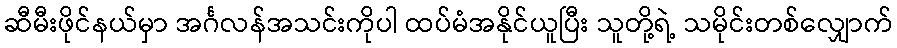
ဆီမီးဖိုင်နယ်မှာ အင်္ဂလန်အသင်းကိုပါ ထပ်မံအနိုင်ယူပြီး သူတို့ရဲ့ သမိုင်းတစ်လျှောက်